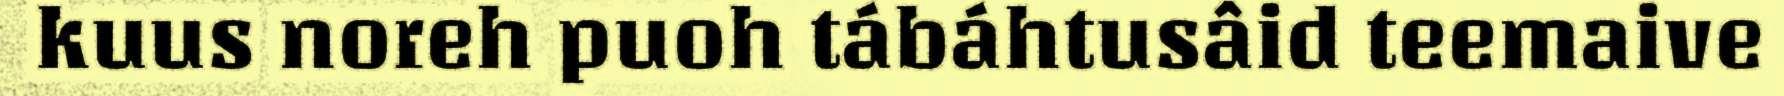
kuus noreh puoh tábáhtusâid teemaive